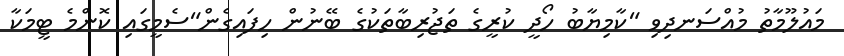
މައުލޫމާތު މުއްސަނދިވި "ކާމިޔާބު ހޯދީ ކުރީގެ ތަޖުރިބާތަކުގެ ބޭނުން ހިފައިގެން"ސެމީގައި ކޮންމެ ޓީމަކާ